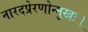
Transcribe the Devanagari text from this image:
नारदप्रेरणोन्मुखः।